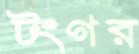
টংগর